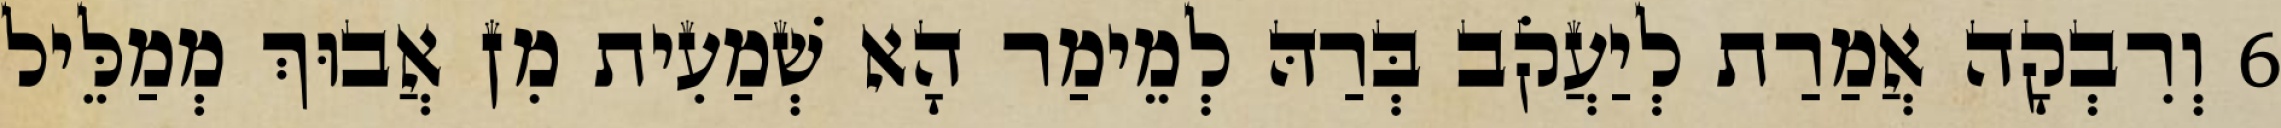
6 וְרִבְקָה אֲמַרַת לְיַעֲקֹב בְּרַהּ לְמֵימַר הָא שְׁמַעִית מִן אֲבוּךְ מְמַלֵּיל